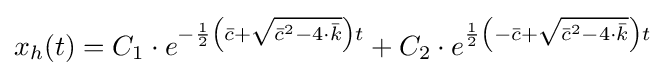
x_{h}(t)=C_{1}\cdot e^{-{\frac {1}{2}}\left({\bar {c}}+{\sqrt {{\bar {c}}^{2}-4\cdot {\bar {k}}}}\right)t}+C_{2}\cdot e^{{\frac {1}{2}}\left(-{\bar {c}}+{\sqrt {{\bar {c}}^{2}-4\cdot {\bar {k}}}}\right)t}